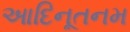
આદિનૂતનમ